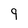
Character: 9